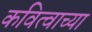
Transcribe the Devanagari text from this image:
कवित्वाच्या